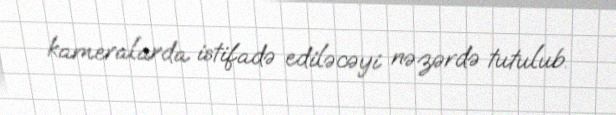
kameralarda istifadə ediləcəyi nəzərdə tutulub.